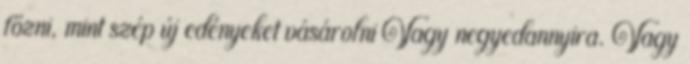
főzni, mint szép új edényeket vásárolni Vagy negyedannyira. Vagy